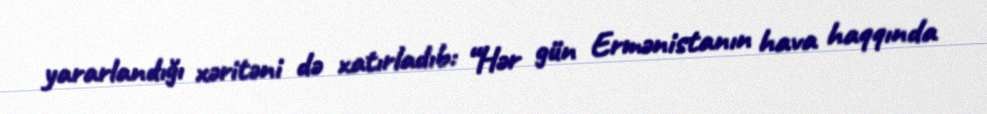
yararlandığı xəritəni də xatırladıb: “Hər gün Ermənistanın hava haqqında